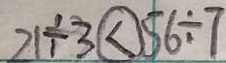
2 1 \div 3 \textcircled { < } 5 6 \div 7